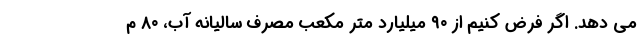
می دهد. اگر فرض کنیم از ۹۰ میلیارد متر مکعب مصرف سالیانه آب، ۸۰ م